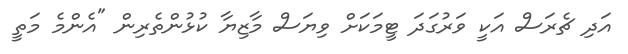
އަދި ޗެރަސް އަކީ ވަރުގަދަ ޓީމަކަށް ވިޔަސް މާޒިޔާ ކުޅުންތެރިން "އެންމެ މަތީ